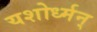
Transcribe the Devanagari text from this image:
यशोर्ध्मन्